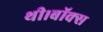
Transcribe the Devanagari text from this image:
थी।बॉक्स